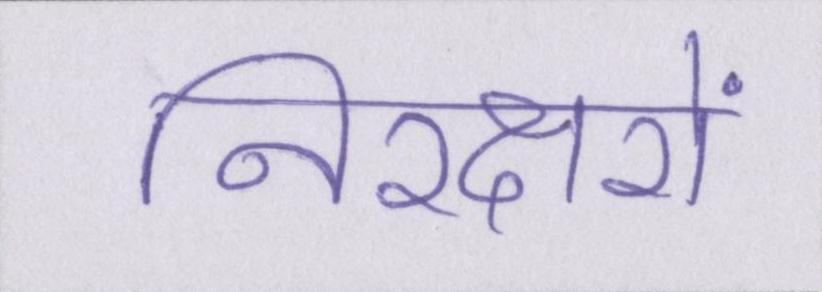
निरक्षरों